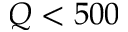
Q < 5 0 0